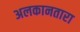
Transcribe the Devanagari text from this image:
अलकानतारा